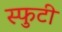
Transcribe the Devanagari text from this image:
स्फुटी